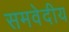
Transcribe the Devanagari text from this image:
समवेदीय